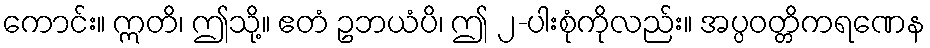
ကောင်း။ ဣတိ၊ ဤသို့။ ဧတံ ဥဘယံပိ၊ ဤ ၂-ပါးစုံကိုလည်း။ အပ္ပဝတ္တိကရဏေန